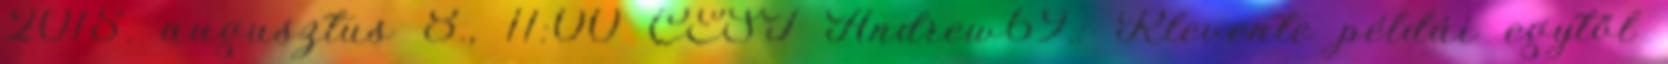
2015. augusztus 8., 11:00 CEST Andrew69.: Rlevente példái egytől